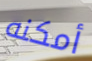
أمكنه